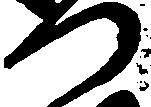
つ